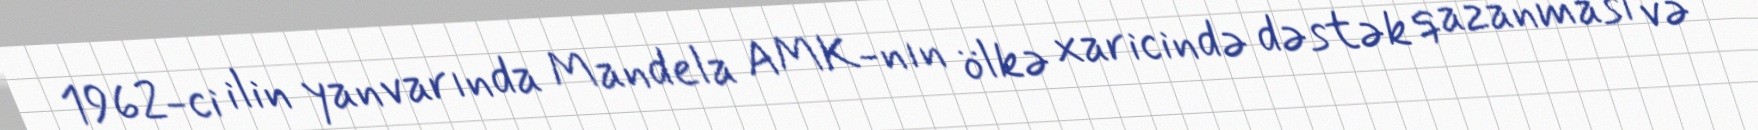
1962-ci ilin yanvarında Mandela AMK-nın ölkə xaricində dəstək qazanması və